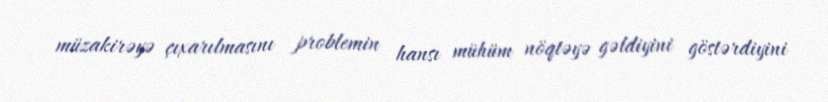
müzakirəyə çıxarılmasını problemin hansı mühüm nöqtəyə gəldiyini göstərdiyini